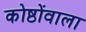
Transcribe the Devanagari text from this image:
कोष्ठोंवाला